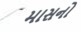
માસનો